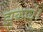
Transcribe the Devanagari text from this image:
झुकायें।